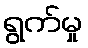
ရွက်မှု